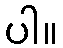
ပါ။